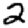
Digit: 2